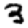
Digit: 3